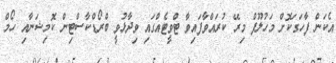
އެކަން ފާހަގަކޮށް މަހުލޫފް މިރޭ ކުރައްވާފައިވާ ޓްވީޓެއްގައި ވިދާޅުވީ ބްރޯޑްކާސްޓިން ކޮމިޝަނާއި ހޯމް